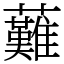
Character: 䕼